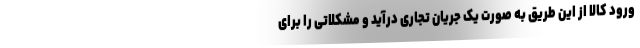
ورود کالا از این طریق به صورت یک جریان تجاری درآید و مشکلاتی را برای